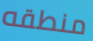
منطقه